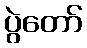
ပွဲတော်